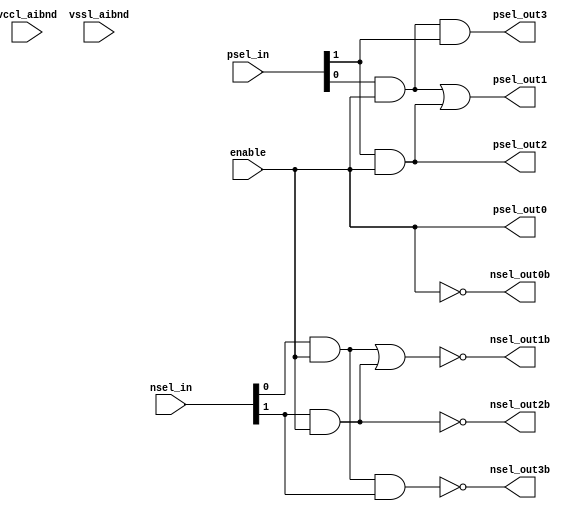
// SPDX-License-Identifier: Apache-2.0
// Copyright (C) 2019 Intel Corporation. 
// Library - aibnd_lib, Cell - aibnd_2to4dec, View - schematic
// LAST TIME SAVED: Dec 11 15:13:26 2014
// NETLIST TIME: Dec 17 10:24:02 2014

module aibnd_2to4dec ( nsel_out0b, nsel_out1b, nsel_out2b, nsel_out3b,
     psel_out0, psel_out1, psel_out2, psel_out3, enable, nsel_in,
     psel_in, vccl_aibnd, vssl_aibnd );

output  nsel_out0b, nsel_out1b, nsel_out2b, nsel_out3b, psel_out0,
     psel_out1, psel_out2, psel_out3;

input  enable, vccl_aibnd, vssl_aibnd;

input [1:0]  psel_in;
input [1:0]  nsel_in;

wire psel_out1, psel0_en, psel_out2, nsel0_en, enable, psel_out3, nsel1_en, nsel_out2b, nsel_out1b, nsel_out3b, psel_out0, nsel_out0b; // Conversion Sript Generated



assign psel_out1 = psel0_en | psel_out2;
assign nsel0_en = nsel_in[0] & enable;
assign psel_out2 = psel_in[1] & enable;
assign psel0_en = psel_in[0] & enable;
assign psel_out3 = enable & psel_in[0] & psel_in[1];
assign nsel1_en = !nsel_out2b;
assign nsel_out2b = !(nsel_in[1] & enable);
assign nsel_out1b = !(nsel0_en | nsel1_en);
assign nsel_out3b = !(enable & nsel_in[0] & nsel_in[1]);
assign psel_out0 = !nsel_out0b;
assign nsel_out0b = !enable;

endmodule